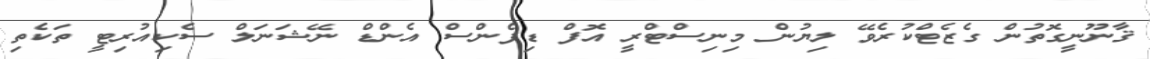
ޤާނޫނީގޮތުން ގެޒެޓްކުރެވޭ ލިޔުން މިނިސްޓްރީ އޮފް ޑިފެންސް އެންޑް ނޭޝަނަލް ސެކިއުރިޓީ ތަކެތި